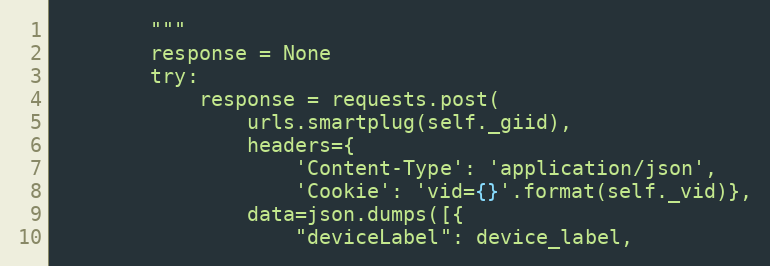
Language: Python
        """
        response = None
        try:
            response = requests.post(
                urls.smartplug(self._giid),
                headers={
                    'Content-Type': 'application/json',
                    'Cookie': 'vid={}'.format(self._vid)},
                data=json.dumps([{
                    "deviceLabel": device_label,